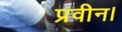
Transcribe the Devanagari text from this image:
प्रवीन।